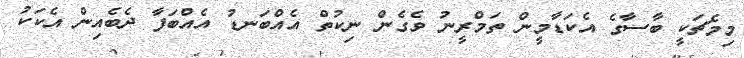
މިމެޗަކީ ބާސާގެ އެކަޑާމީން ތަމްރީނު ވެގެން ނިކުތް އެއްބަނޑު އެއްބަފާ ދެބެއިން އެކަކު